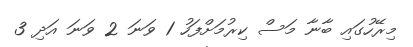
މިރޭހުގައި ބާނާ މަސް ކިރުމަށްފަހު 1 ވަނަ 2 ވަނަ އަދި 3